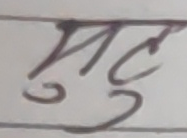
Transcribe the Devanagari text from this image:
मुछु